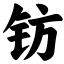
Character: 钫